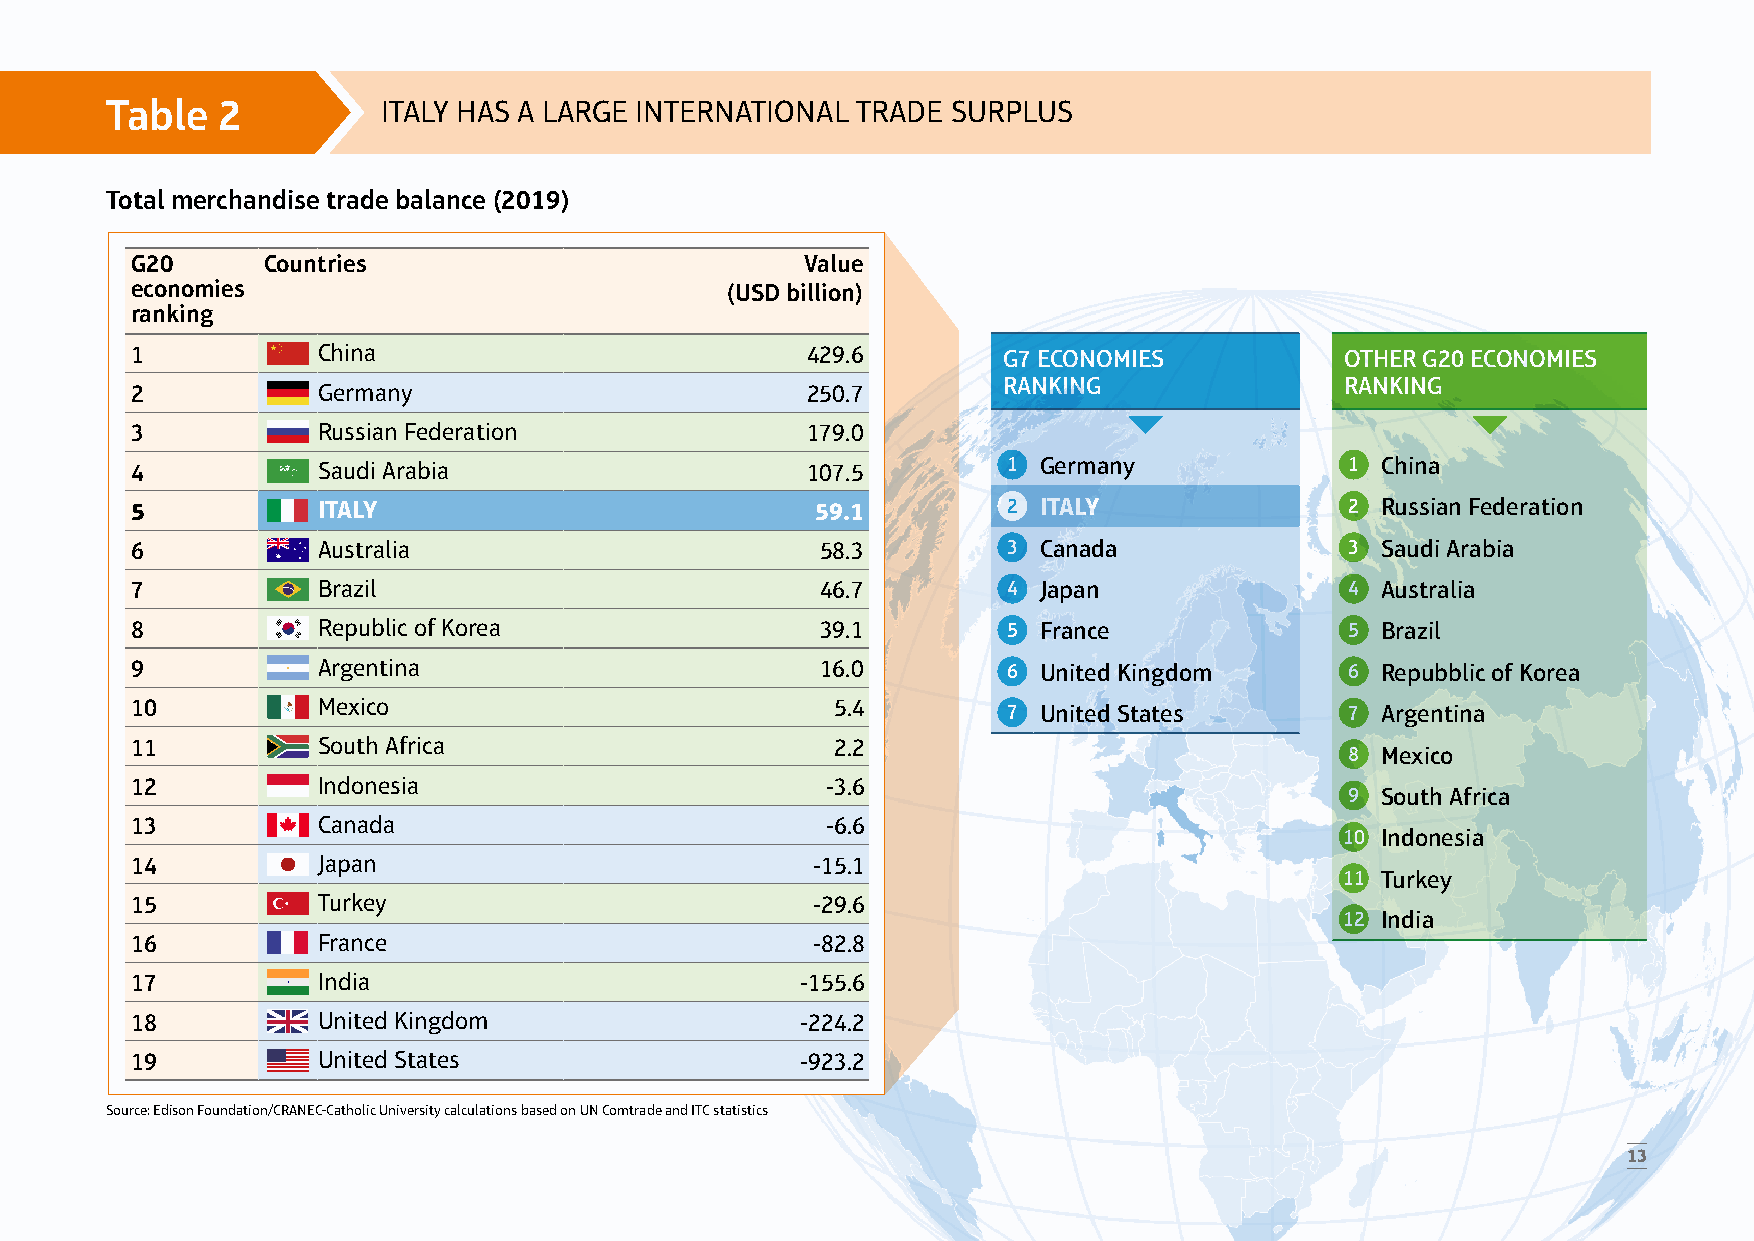
Table  2          ITALY HAS A LARGE INTERNATIONAL TRADE SURPLUS
 Total merchandise trade balance (2019)
 G20     Countries                           Value
 economies                              (USD billion)
 ranking
 1           China                           429.6        G7 ECONOMIES           OTHER G20 ECONOMIES
 RANKING                RANKING
 2           Germany                         250.7
 3           Russian Federation              179.0
 4           Saudi Arabia                    107.5         1 Germany             1 China
 5           ITALY                            59.1         2 ITALY               2 Russian Federation
 6           Australia                        58.3         3 Canada              3 Saudi Arabia
 7           Brazil                           46.7         4 Japan               4 Australia
 8           Republic of Korea                39.1         5 France              5 Brazil
 9           Argentina                        16.0         6 United Kingdom      6 Repubblic of Korea
 10          Mexico                            5.4         7 United States       7 Argentina
 11          South Africa                      2.2
 8 Mexico
 12          Indonesia                         -3.6
 9 South Africa
 13          Canada                            -6.6
 10 Indonesia
 14          Japan                            -15.1
 11 Turkey
 15          Turkey                           -29.6
 12 India
 16          France                           -82.8
 17          India                           -155.6
 18          United Kingdom                  -224.2
 19          United States                   -923.2
 Source: Edison Foundation/CRANEC-Catholic University calculations based on UN Comtrade and ITC statistics
 13